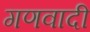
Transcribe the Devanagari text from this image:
गणवादी